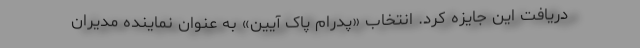
دریافت این جایزه کرد. انتخاب «پدرام پاک آیین» به عنوان نماینده مدیران